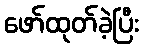
ဖော်ထုတ်ခဲ့ပြီး